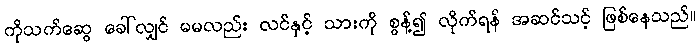
ကိုသက်ဆွေ ခေါ်လျှင် မမလည်း လင်နှင့် သားကို စွန့်၍ လိုက်ရန် အဆင်သင့် ဖြစ်နေသည်။